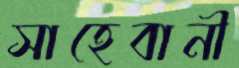
সাহেবানী